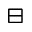
\boxminus